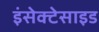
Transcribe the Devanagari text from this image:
इंसेक्टेसाइड